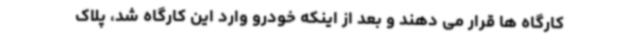
کارگاه ها قرار می دهند و بعد از اینکه خودرو وارد این کارگاه شد، پلاک